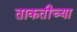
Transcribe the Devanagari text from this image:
ताकतीच्या